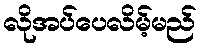
လိုအပ်ပေလိမ့်မည်